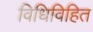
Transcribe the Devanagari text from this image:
विधिविहित